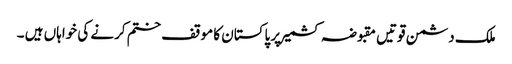
ملک دشمن قوتیں مقبوضہ کشمیر پر پاکستان کا موقف ختم کرنے کی خواہاں ہیں ۔